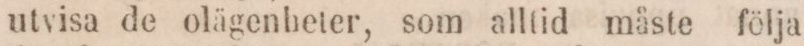
utvisa de olägenheter, som alltid måste följa